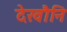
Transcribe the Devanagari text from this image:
देखौनि